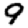
Digit: 9